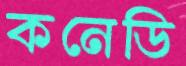
কনেডি